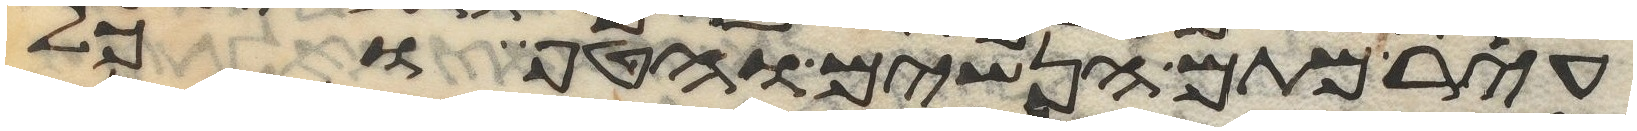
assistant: עיר מתם הנשים והטף וכל